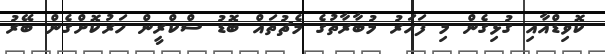
ކޮވިޑްއާއި ގުޅިގެން މި ފަހަރު މުބާރާތުގެ މެޗުތައް ބޮޑު ސްކްރީން ހަރުކޮށްގެން ބޭރު